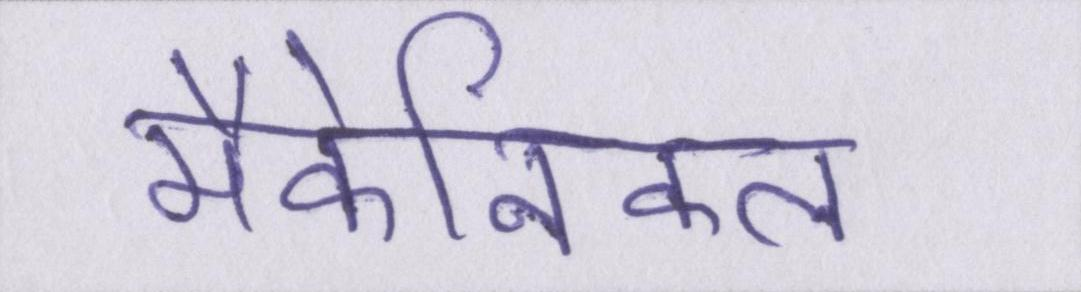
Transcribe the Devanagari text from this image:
मैकेनिकल